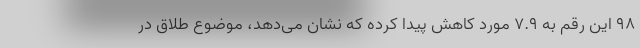
۹۸ این رقم به ۷.۹ مورد کاهش پیدا کرده که نشان می‌دهد، موضوع طلاق در